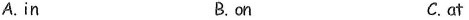
A.in B.on C.at